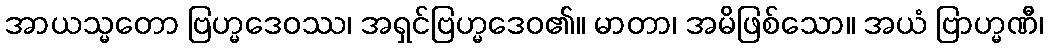
အာယသ္မတော ဗြဟ္မဒေဝဿ၊ အရှင်ဗြဟ္မဒေဝ၏။ မာတာ၊ အမိဖြစ်သော။ အယံ ဗြာဟ္မဏီ၊